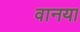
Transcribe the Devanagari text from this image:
वानया